Civil Veterinary Department Bihar & Orissa reports 1911-21 - 1911-1921
Year: 1911
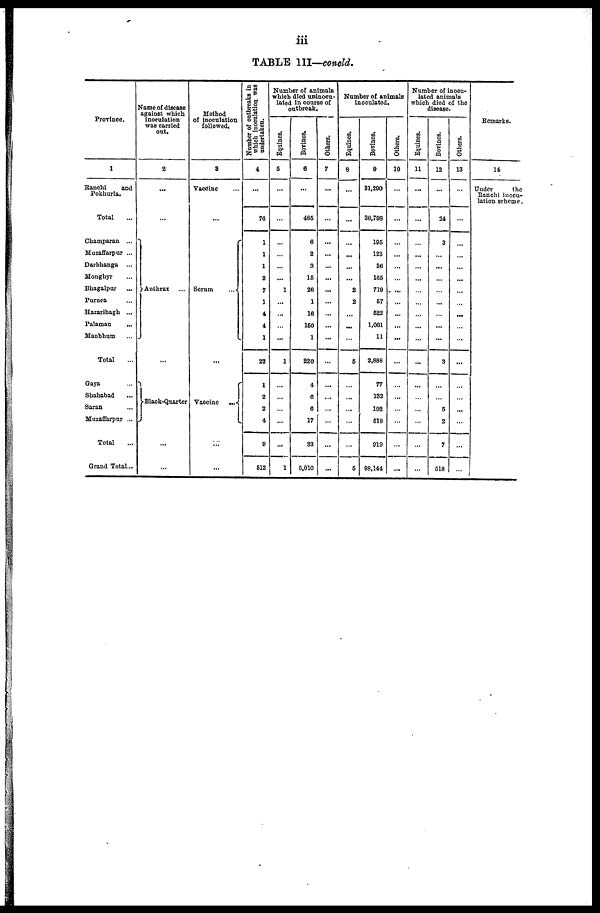
iii
TABLE III—concld.
Province.
1
Ranchi
and
Pokhuria.
Total ...
Champaran ...
Muzaffarpur ...
Darbhanga ...
Honghyr ...
Bhagalpur ...
Purnea ...
Hazaribagh ...
Palamau ...
Manbhum ...
Total
Gaya ...
Shahabad ...
Saran ...
Muzaffarpur ...
Total...
Grand Total...
Name of disease
against which
inoculation
was carried
out.
2
...
Anthrax ...
...
Black-Quarter
...
...
Method
of inoculation
followed.
3
Vaccine
...
Serum
...
...
Vaccine
...
...
...
Number of outbreaks in
which inoculation was
undertaken.
4
...
76
1
1
1
2
7
1
4
4
1
23
1
2
2
4
9
612
Number of animals
which died uninocu-
lated in course of
outbreak.
Equines.
5
...
...
...
...
...
...
1
...
...
...
1
...
...
...
...
...
1
Bovines.
6
...
485
6
2
3
15
26
1
16
160
1
220
4
6
6
17
33
5,010
Others.
7
...
...
...
...
...
...
...
...
...
...
...
...
...
...
...
...
...
...
Number of animals
inoculated.
Equines.
8
...
...
...
...
...
...
3
2
...
...
...
5
...
...
...
...
...
5
Bovines.
9
31,290
38,798
195
122
36
165
719
67
622
1,061
11
2,888
77
132
192
518
919
98,144
Others.
10
...
...
...
...
...
...
...
...
...
...
...
...
...
...
...
...
...
...
Number of inocu-
lated animals
which died of the
disease.
Equines.
11
...
...
...
...
...
...
...
...
...
...
...
...
...
...
...
...
...
...
Bovines.
12
...
24
3
...
...
...
...
...
...
...
...
3
...
5
2
7
518
Others.
13
...
...
...
...
...
...
...
...
...
...
...
...
...
...
...
...
...
...
Remarks.
14
Under
the
Ranchi inocu-
lation scheme.